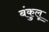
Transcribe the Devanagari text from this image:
बंकुलू